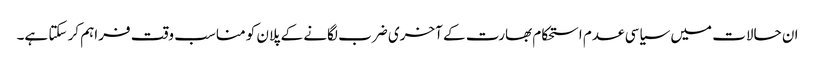
ان حالات میں سیاسی عدم استحکام بھارت کے آخری ضرب لگانے کے پلان کو مناسب وقت فراہم کر سکتا ہے۔